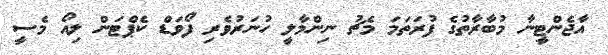
އާޖެންޓީނާ މުބާރާތުގެ ފުރަތަމަ މެޗު ނިންމާލީ ހުނަރުވެރި ފޯވަޑް ކެޕްޓަން ލިއޯ މެސީ